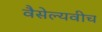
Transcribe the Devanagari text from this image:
वैसेल्यवीच